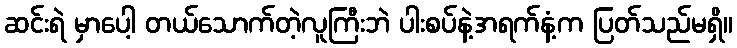
ဆင်းရဲ မှာပေါ့ တယ်သောက်တဲ့လူကြီးဘဲ ပါးစပ်နဲ့အရက်နံ့က ပြတ်သည်မရှိ။